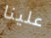
علينا